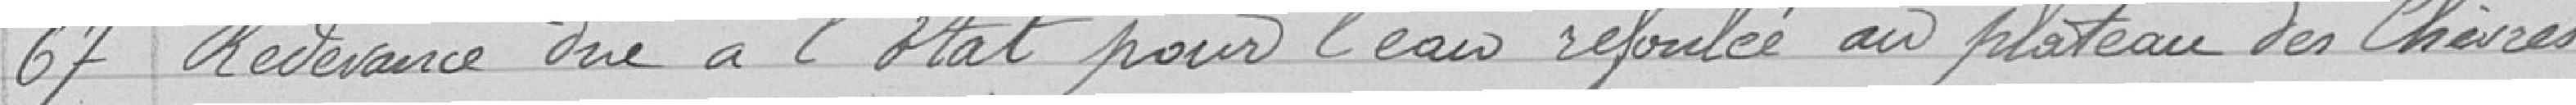
67 Redevance due à l'État pour l'eau refoulée au plateau des Chèves